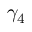
\gamma _ { 4 }